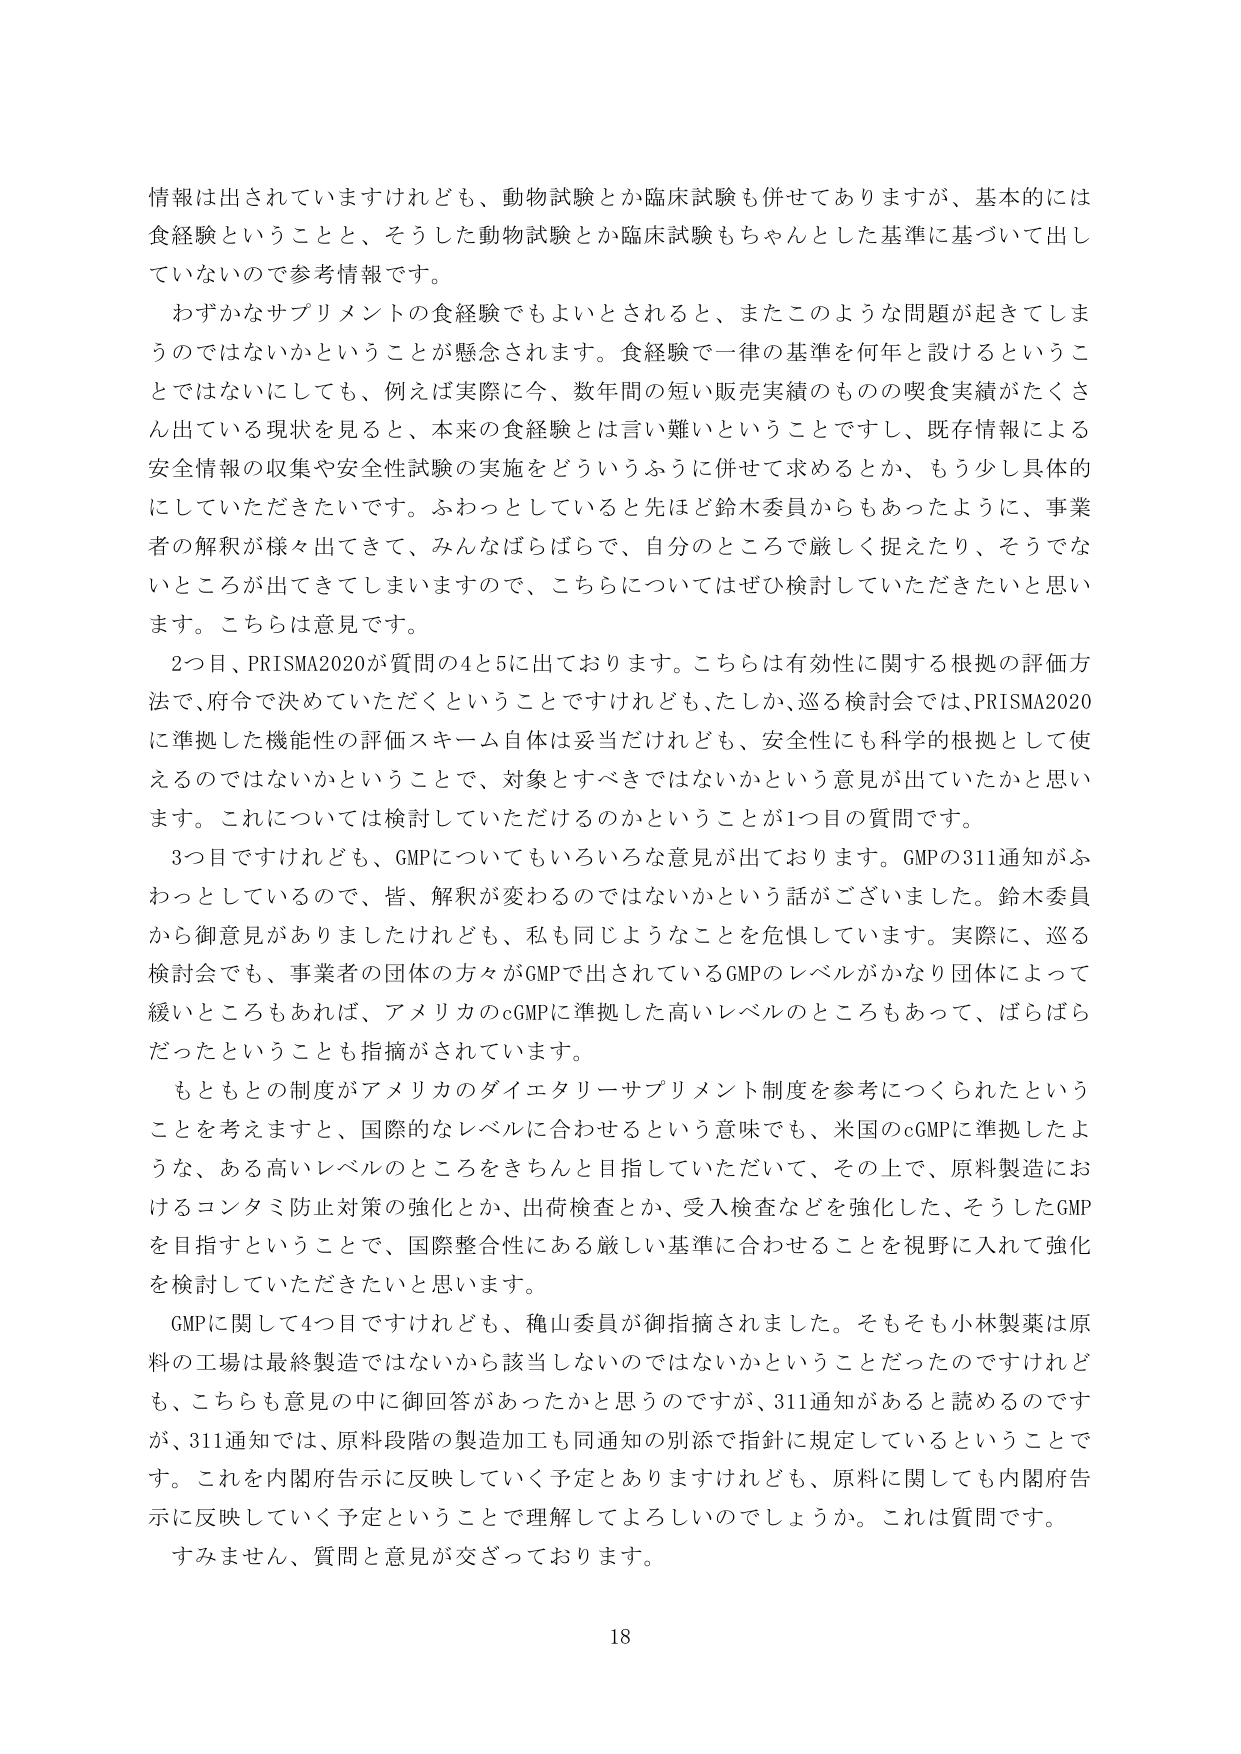
情報は出されていますけれども、動物試験とか臨床試験も併せてありますが、基本的には食経験ということと、そうした動物試験とか臨床試験もちゃんとした基準に基づいて出していないので参考情報です。

わずかなサプリメントの食経験でもよいとされると、またこのような問題が起きてしまうのではないかということが懸念されます。食経験で一律の基準を何年と設けるということではないにしても、例えば実際に今、数年間の短い販売実績のものの喫食実績がたくさん出ている現状を見ると、本来の食経験とは言い難いということですし、既存情報による安全情報の収集や安全性試験の実施をどういうふうに併せて求めるとか、もう少し具体的にしていただきたいです。ふわっとしていると先ほど鈴木委員からもあったように、事業者の解釈が様々出てきて、みんなばらばらで、自分のところで厳しく捉えたり、そうでないところが出てきてしまいますので、こちらについてはぜひ検討していただきたいと思います。こちらは意見です。

2つ目、PRISMA2020が質問の4と5に出ております。こちらは有効性に関する根拠の評価方法で、府令で決めていただくということですけれども、たしか、巡る検討会では、PRISMA2020に準拠した機能性の評価スキーム自体は妥当だけれども、安全性にも科学的根拠として使えるのではないかということで、対象とすべきではないかという意見が出ていたかと思います。これについては検討していただけるのかということが1つ目の質問です。

3つ目ですけれども、GMPについてもいろいろな意見が出ております。GMPの311通知がふわっとしているので、皆、解釈が変わるのではないかなという話がございました。鈴木委員から御意見がありましたけれども、私も同じようなことを危惧しています。実際に、巡る検討会でも、事業者の団体の方々がGMPで出されているGMPのレベルがかなり団体によって緩いところもあれば、アメリカのcGMPに準拠した高いレベルのところもあって、ばらばらだったということも指摘がされています。

もともとの制度がアメリカのダイエタリーサプリメント制度を参考につくられたということを考えますと、国際的なレベルに合わせるという意味でも、米国のcGMPに準拠したような、ある高いレベルのところをきちんと目指していただいて、その上で、原料製造におけるコンタミ防止対策の強化とか、出荷検査とか、受入検査などを強化した、そうしたGMPを目指すということで、国際整合性にある厳しい基準に合わせることを視野に入れて強化を検討していただきたいと思います。

GMPに関して4つ目ですけれども、穐山委員が御指摘されました。そもそも小林製薬は原料の工場は最終製造ではないから該当しないのではないかということだったのですけれども、こちらも意見の中に御回答があったかと思うのですが、311通知があると読めるのですが、311通知では、原料段階の製造加工も同通知の別添で指針に規定しているということです。これを内閣府告示に反映していく予定とありますけれども、原料に関しても内閣府告示に反映していく予定ということで理解してよろしいのでしょうか。これは質問です。

すみません、質問と意見が交ざっております。

18